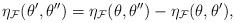
LaTeX: \begin{gather*} \eta_{\mathcal{F}}(\theta',\theta'') = \eta_{\mathcal{F}}(\theta,\theta'') - \eta_{\mathcal{F}}(\theta,\theta'), \end{gather*}